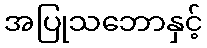
အပြုသဘောနှင့်